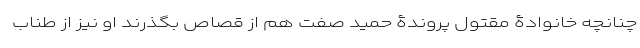
چنانچه خانوادۀ مقتول پروندۀ حمید صفت هم از قصاص بگذرند او نیز از طنابِ